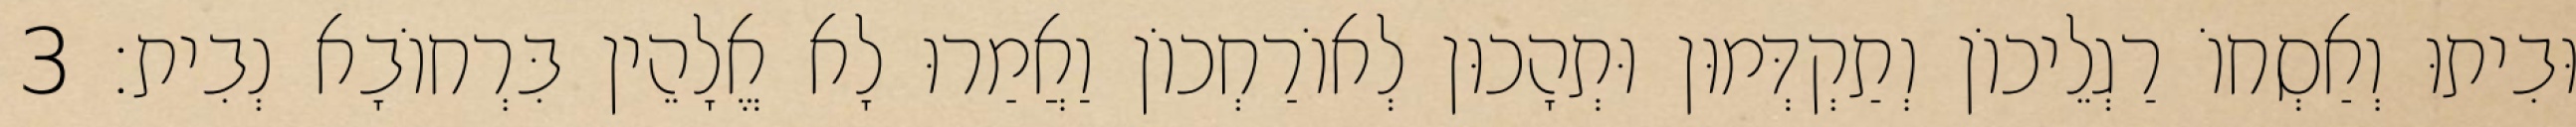
וּבִיתוּ וְאַסְחוֹ רַגְלֵיכוֹן וְתַקְדְּמוּן וּתְהָכוּן לְאוֹרַחְכוֹן וַאֲמַרוּ לָא אֱלָהֵין בִּרְחוֹבָא נְבִית׃ 3